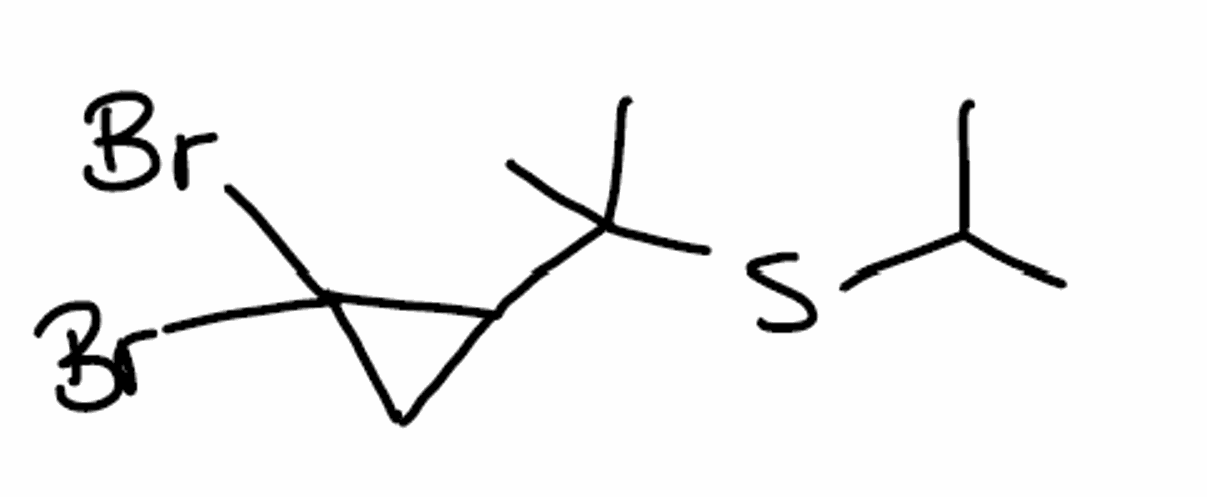
Simplified molecular-input line-entry system (SMILES) notation of the given molecule:
CC(C)SC(C)(C)C1CC1(Br)Br